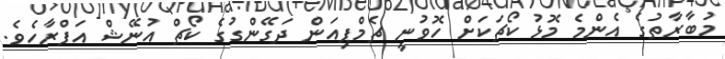
މުބާރާތުގެ އެންމެ މޮޅު ކޯޗަކަށް ހޮވުނީ ޗެމްޕިއަން ދަގޭންގުގެ ކޯޗް އުނޭޝް އަފްރާހެވެ.